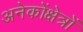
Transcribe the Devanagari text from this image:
अनेकोंक्षेत्रों